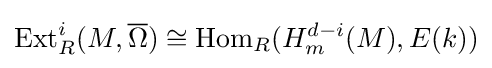
\operatorname {Ext} _{R}^{i}(M,{\overline {\Omega }})\cong \operatorname {Hom} _{R}(H_{m}^{d-i}(M),E(k))